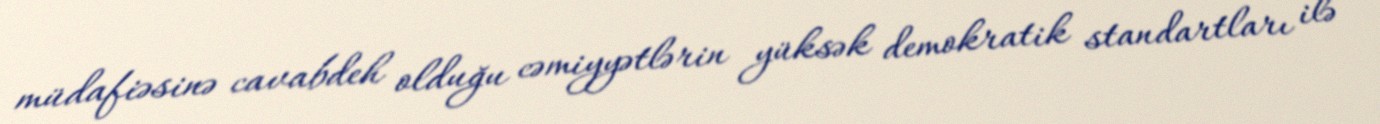
müdafiəsinə cavabdeh olduğu cəmiyyətlərin yüksək demokratik standartları ilə